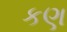
કણ